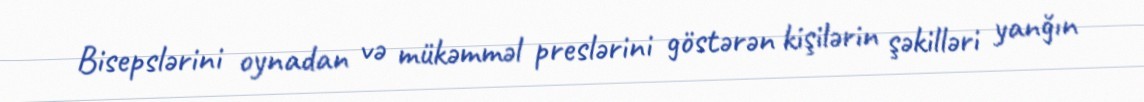
Bisepslərini oynadan və mükəmməl preslərini göstərən kişilərin şəkilləri yanğın